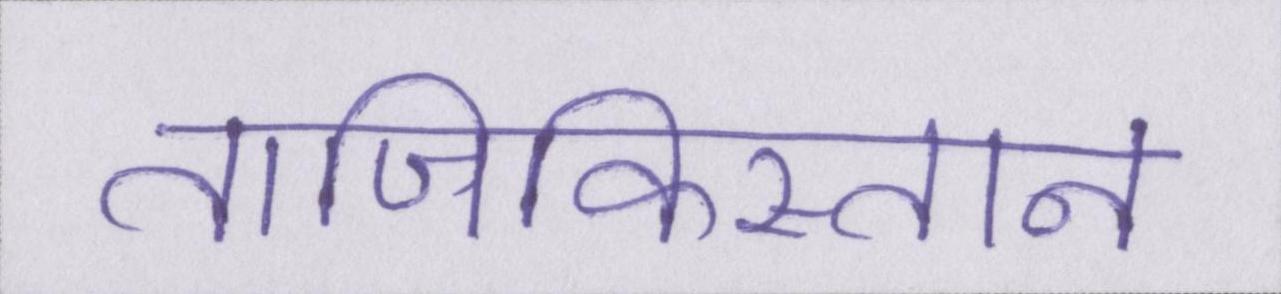
ताजिकिस्तान